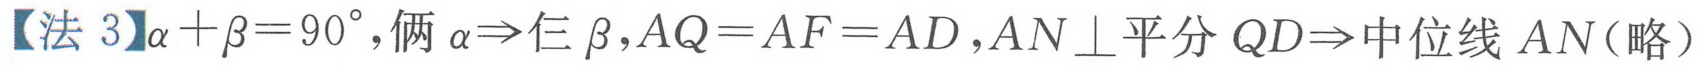
【法 3】\(\alpha+\beta = 90^{\circ}\), 俩 \(\alpha\Rightarrow\)仨 \(\beta\), \(AQ = AF = AD\), \(AN\perp\)平分 \(QD\Rightarrow\)中位线 \(AN\)（略）